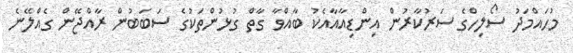
މުހައްމަދު ސޯލިހްގެ ސަރުކާރުން އިންޑިއާއާއެކު ބާއްވާ ގާތް ގުޅުންތަކުގެ ސަަބަބުން ރާއްޖޭން ގެއްލޭނެ